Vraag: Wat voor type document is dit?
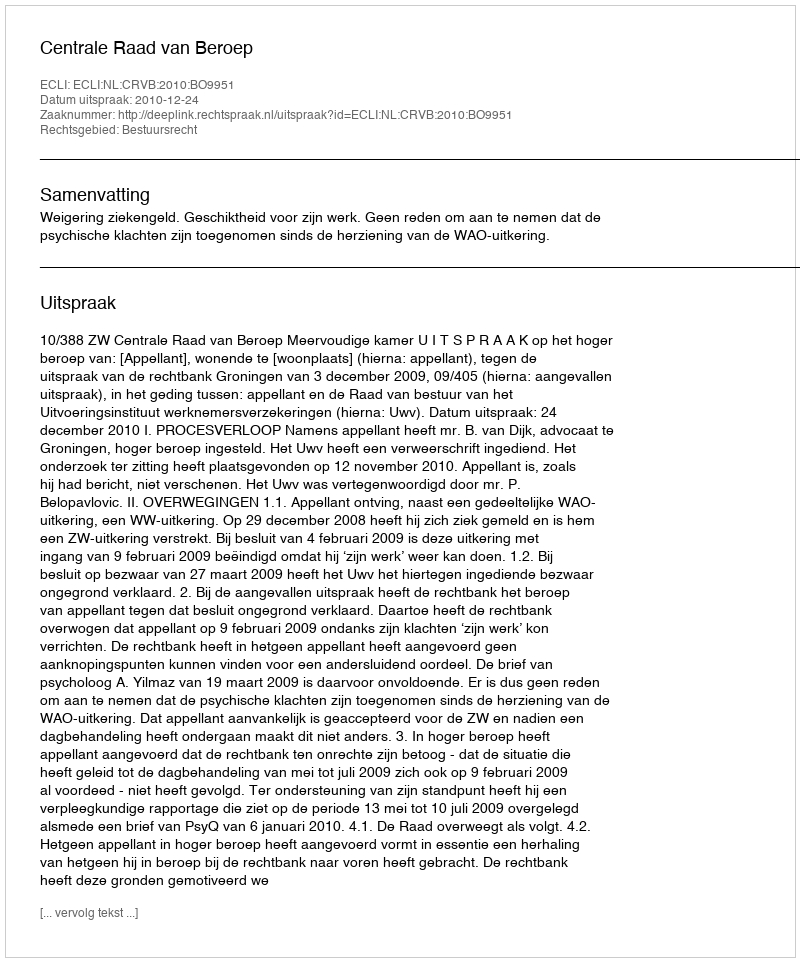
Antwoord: Uitspraak